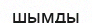
шымды